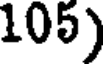
105)